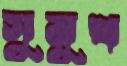
সুমুখ